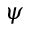
\psi